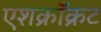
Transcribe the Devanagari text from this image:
एशक्रॉक्रट